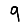
Digit: 9